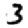
Digit: 3